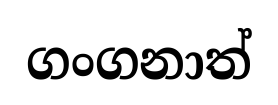
ගංගනාත්